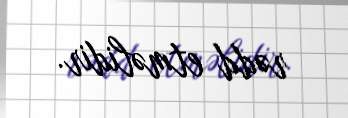
rədd etməlidir.